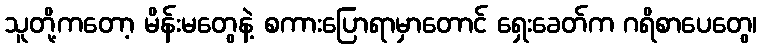
သူတို့ကတော့ မိန်းမတွေနဲ့ စကားပြောရာမှာတောင် ရှေးခေတ်က ဂရိစာပေတွေ၊